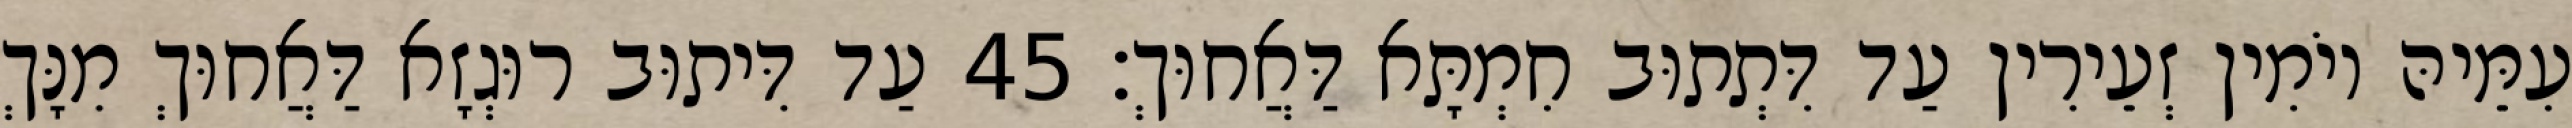
עִמֵּיהּ יוֹמִין זְעֵירִין עַד דִּתְתוּב חִמְתָּא דַּאֲחוּךְ׃ 45 עַד דִּיתוּב רוּגְזָא דַּאֲחוּךְ מִנָּךְ